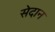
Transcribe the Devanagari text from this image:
सेदान